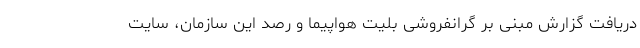
دریافت گزارش مبنی بر گرانفروشی بلیت هواپیما و رصد این سازمان، سایت